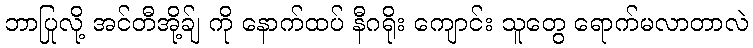
ဘာပြုလို့ အင်တီအို့ခ်ျ ကို နောက်ထပ် နီဂရိုး ကျောင်း သူတွေ ရောက်မလာတာလဲ